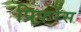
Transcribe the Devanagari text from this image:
प्रिफरेंस